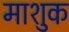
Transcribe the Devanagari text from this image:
माशुक